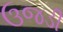
ઉજડી